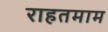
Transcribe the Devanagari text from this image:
राहतमाम